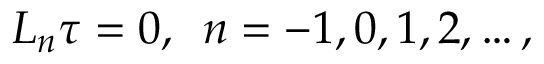
L _ { n } \tau = 0 , \, \, \, n = - 1 , 0 , 1 , 2 , \dots ,